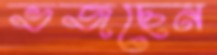
ভজছেন